Vaccination United Provinces of Agra and Oudh 1902-1913 - 1902-1913
Year: 1902
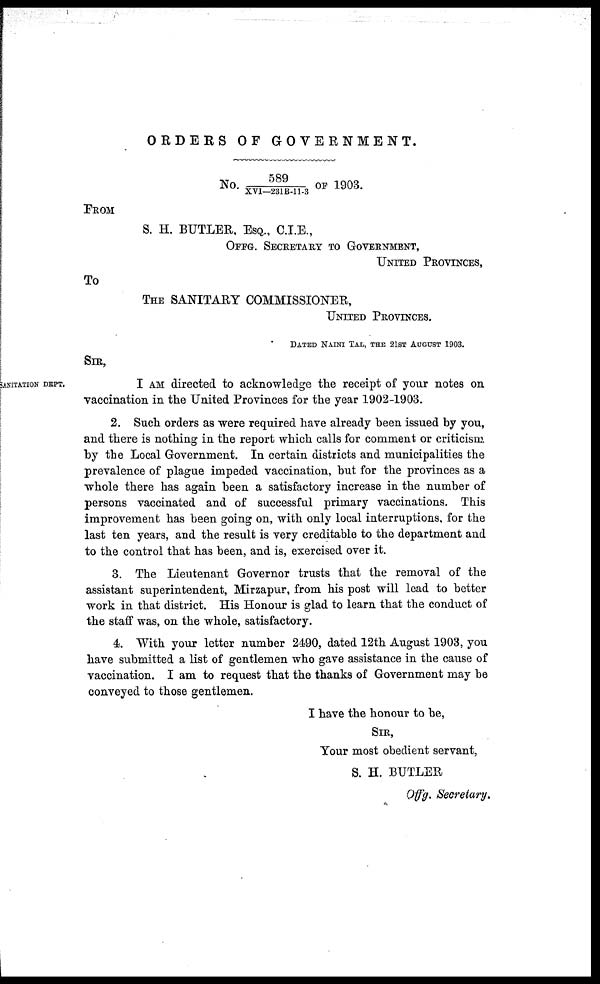
ORDERS OF GOVERNMENT.
No. 589/XVI—231B-11-3 OF 1903.
FROM
S. H. BUTLER, ESQ., C.I.E.,
OFFG. SECRETARY TO GOVERNMENT,
UNITED PROVINCES,
To
THE SANITARY COMMISSIONER,
UNITED PROVINCES.
DATED NAINI TAL, THE 21ST AUGUST 1903.
SIR,
ANITATION DEPT.
I AM directed to acknowledge the receipt of your notes on
vaccination in the United Provinces for the year 1902-1903.
2. Such orders as were required have already been issued by you,
and there is nothing in the report which calls for comment or criticism.
by the Local Government. In certain districts and municipalities the
prevalence of plague impeded vaccination, but for the provinces as a
whole there has again been a satisfactory increase in the number of
persons vaccinated and of successful primary vaccinations. This
improvement has been going on, with only local interruptions, for the
last ten years, and the result is very creditable to the department and
to the control that has been, and is, exercised over it.
3. The Lieutenant Governor trusts that the removal of the
assistant superintendent, Mirzapur, from his post will lead to better
work in that district. His Honour is glad to learn that the conduct of
the staff was, on the whole, satisfactory.
4. With your letter number 2490, dated 12th August 1903, you
have submitted a list of gentlemen who gave assistance in the cause of
vaccination. I am to request that the thanks of Government may be
conveyed to those gentlemen.
I have the honour to be,
SIR,
Your most obedient servant,
S. H. BUTLER
Offg. Secretary.